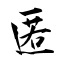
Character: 匿